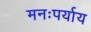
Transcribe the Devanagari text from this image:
मनःपर्याय